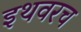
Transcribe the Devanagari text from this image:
इथवरच